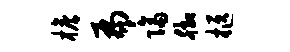
檐扁隔脚柩